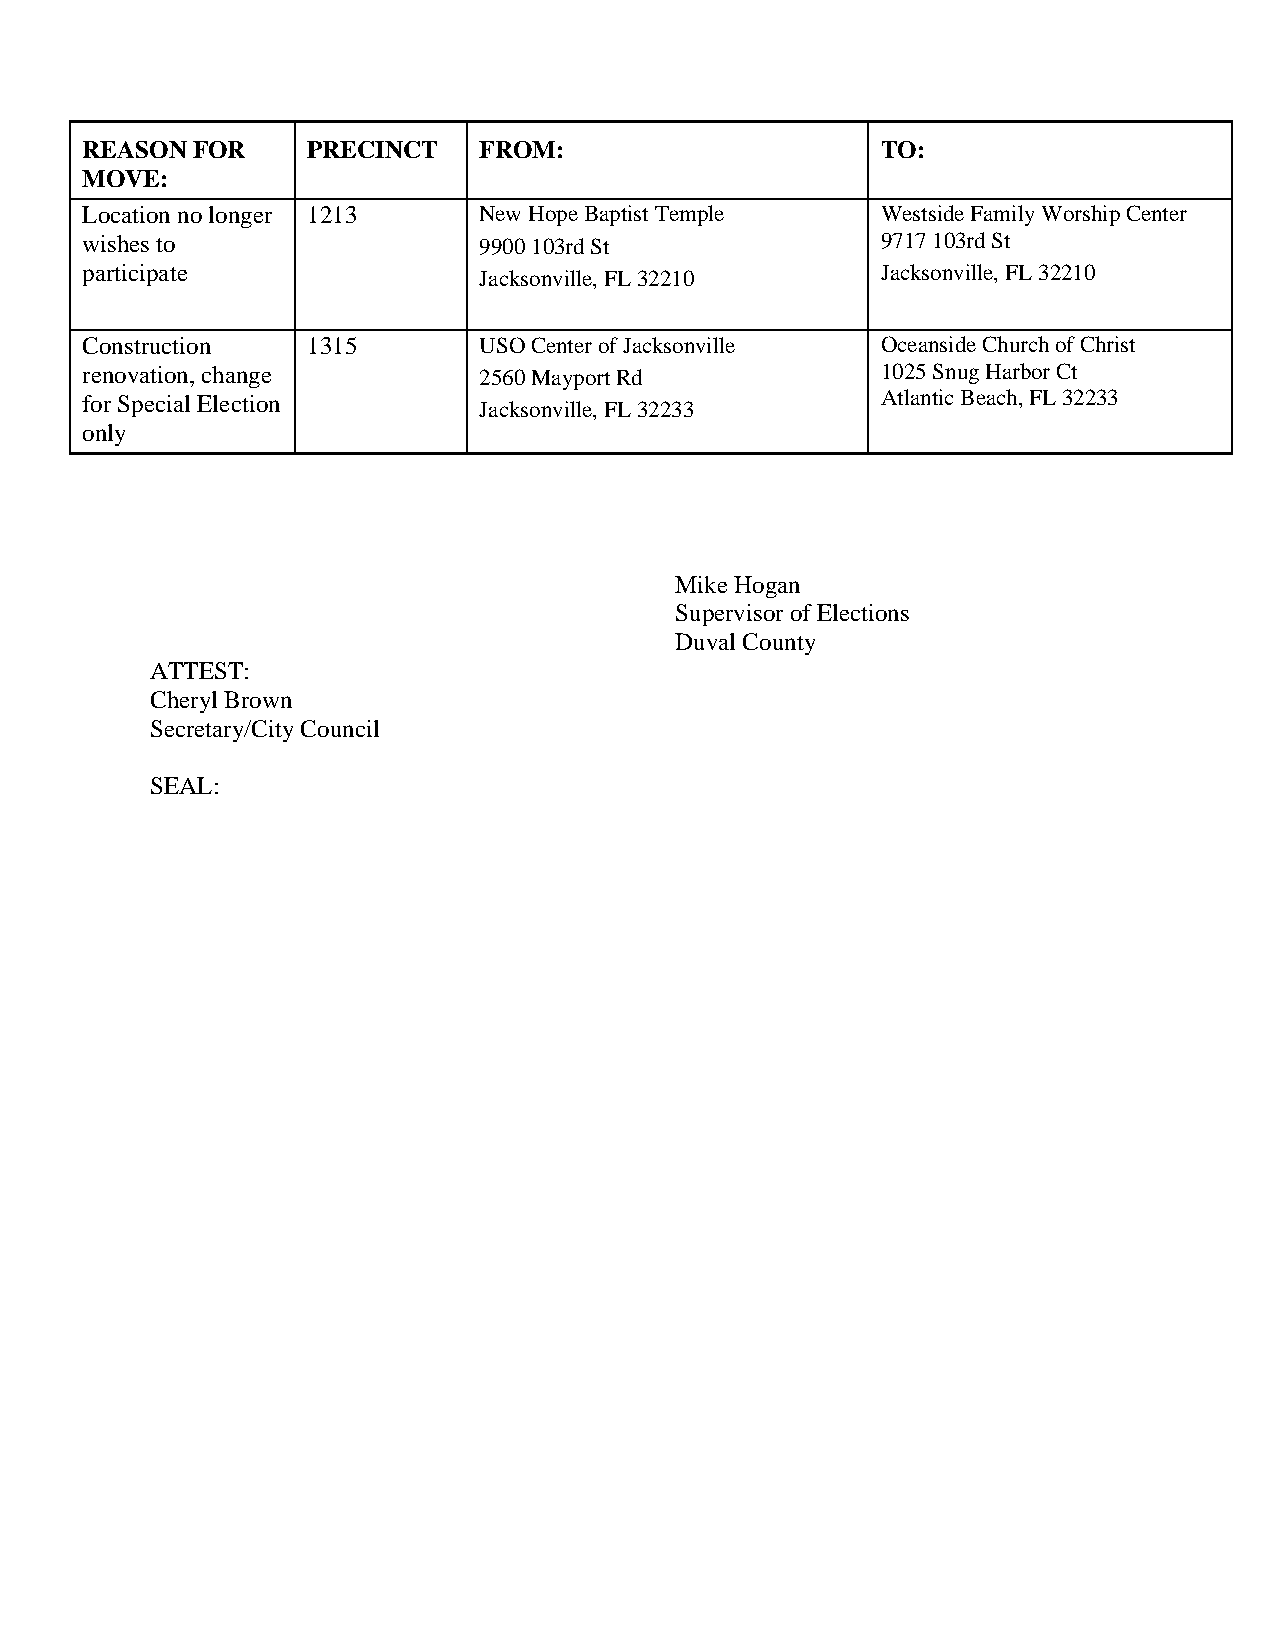
REASON  FOR    PRECINCT    FROM:                     TO:
 MOVE:
 Location no longer 1213    New Hope Baptist Temple   Westside Family Worship Center
 wishes to                  9900 103rd St             9717 103rd St
 participate                Jacksonville, FL 32210    Jacksonville, FL 32210
 Construction   1315        USO Center of Jacksonville Oceanside Church of Christ
 renovation, change         2560 Mayport Rd           1025 Snug Harbor Ct
 for Special Election                                 Atlantic Beach, FL 32233
 Jacksonville, FL 32233
 only
 Mike Hogan
 Supervisor of Elections
 Duval County
 ATTEST:
 Cheryl Brown
 Secretary/City Council
 SEAL: